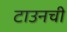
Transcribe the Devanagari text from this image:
टाउनची